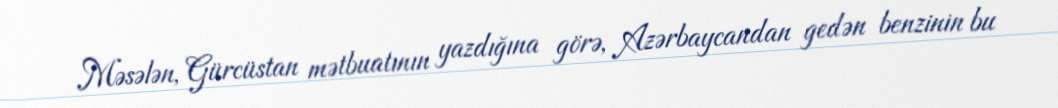
Məsələn, Gürcüstan mətbuatının yazdığına görə, Azərbaycandan gedən benzinin bu